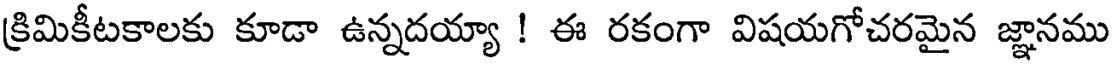
క్రిమికీటకాలకు కూడా ఉన్నదయ్యా ! ఈ రకంగా విషయగోచరమైన జ్ఞానము